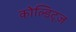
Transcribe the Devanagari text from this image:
कोल्डिट्ज़